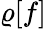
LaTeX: \varrho[f]